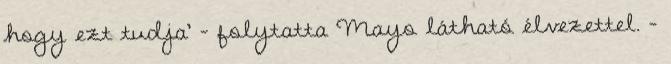
hogy ezt tudja’ – folytatta Mayo látható élvezettel. –